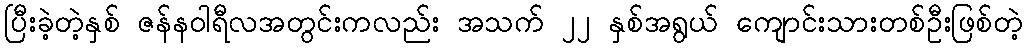
ပြီးခဲ့တဲ့နှစ် ဇန်နဝါရီလအတွင်းကလည်း အသက် ၂၂ နှစ်အရွယ် ကျောင်းသားတစ်ဦးဖြစ်တဲ့